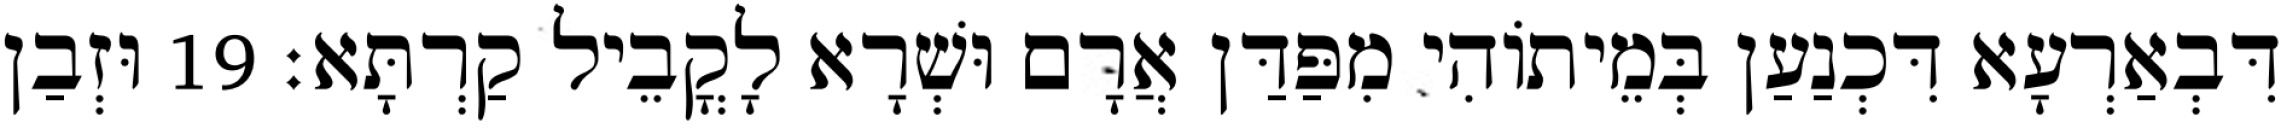
דִּבְאַרְעָא דִּכְנַעַן בְּמֵיתוֹהִי מִפַּדַּן אֲרָם וּשְׁרָא לָקֳבֵיל קַרְתָּא׃ 19 וּזְבַן